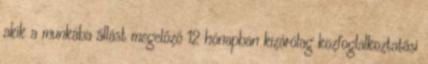
akik a munkába állást megelőző 12 hónapban kizárólag közfoglalkoztatási